Indian journal of veterinary science and animal husbandry - Volume 8,
Year: 1938
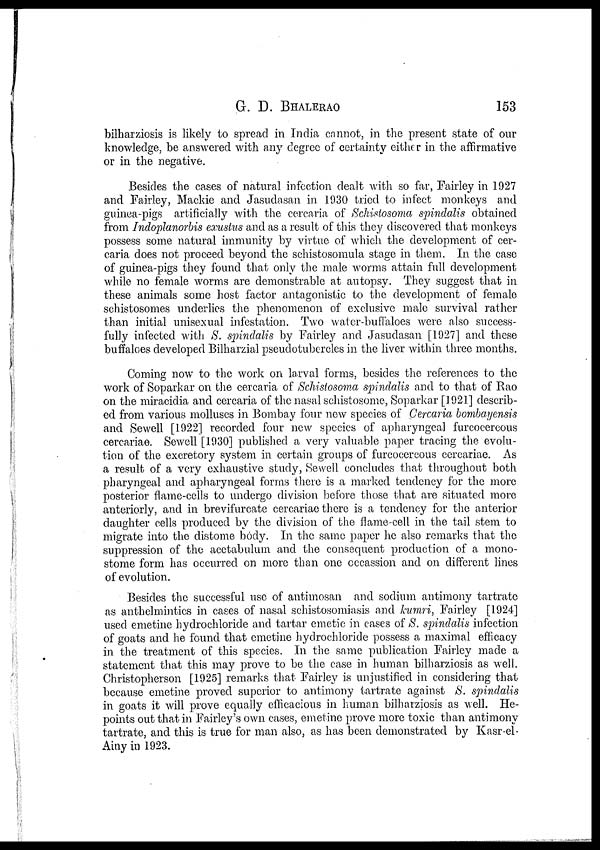
G. D.
BHALERAO
153
bilharziosis is likely to spread in India cannot, in the present state of our
knowledge, be answered with any degree of certainty either in the affirmative
or in the negative.
Besides the cases of natural infection dealt with so far, Fairley in 1927
and Fairley, Mackie and Jasudasan in 1930 tried to infect monkeys and
guinea-pigs artificially with the cercaria of Schistosoma spindalis obtained
from Indoplanorbis exustus and as a result of this they discovered that monkeys
possess some natural immunity by virtue of which the development of cer-
caria does not proceed beyond the schistosomula stage in them. In the case
of guinea-pigs they found that only the male worms attain full development
while no female worms are demonstrable at autopsy. They suggest that in
these animals some host factor antagonistic to the development of female
schistosomes underlies the phenomenon of exclusive male survival rather
than initial unisexual infestation. Two water-buffaloes were also success-
fully infected with S. spindalis by Fairley and Jasudasan [1927] and these
buffaloes developed Bilharzial pseuclotubercles in the liver within three months.
Coming now to the work on larval forms, besides the references to the
work of Soparkar on the cercaria of Schistosoma spindalis and to that of Rao
on the miracidia and cercaria of the nasal schistosome, Soparkar [1921] describ-
ed from various molluscs in Bombay four new species of Cercaria bombayensis
and Sewell [1922] recorded four new species of apharyngeal furcocercous
cercariae. Sewell [1930] published a very valuable paper tracing the evolu-
tion of the excretory system in certain groups of furcocercous cercariae. As
a result of a very exhaustive study, Sewell concludes that throughout both
pharyngeal and apharyngeal forms there is a marked tendency for the more
posterior flame-cells to undergo division before those that are situated more
anteriorly, and in brevifurcate cercariae there is a tendency for the anterior
daughter cells produced by the division of the flame-cell in the tail stem to
migrate into the distome body. In the same paper he also remarks that the
suppression of the acetabulum and the consequent production of a mono-
stome form has occurred on more than one occassion and on different lines
of evolution.
Besides the successful use of antimosan and sodium antimony tartrate
as anthelmintics in cases of nasal schistosomiasis and kumri, Fairley [1924]
used emetine hydrochloride and tartar emetic in cases of S. sptindalis infection
of goats and he found that emetine hydrochloride possess a maximal efficacy
in the treatment of this species. In the same publication Fairley made a
statement that this may prove to be the case in human bilharziosis as well.
Christopherson [1925] remarks that Fairley is unjustified in considering that
because emetine proved superior to antimony tartrate against S. spindalis
in goats it will prove equally efficacious in human bilharziosis as well. He-
points out that in Fairley's own cases, emetine prove more toxic than antimony
tartrate, and this is true for man also, as has been demonstrated by Kasr-el-
Ainy in 1923.